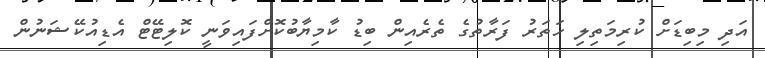
އަދި މިބިޑަށް ކުރިމަތިލި ހަތަރު ފަރާތުގެ ތެރެއިން ބިޑު ކާމިޔާބުކޮށްފައިވަނީ ކޮލިޓޭޓް އެޑިއުކޭޝަނުން